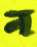
ন